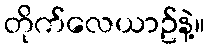
တိုက်လေယာဥ်နဲ့။